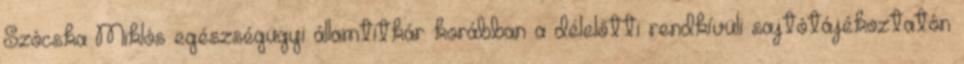
Szócska Miklós egészségügyi államtitkár korábban a délelőtti rendkívüli sajtótájékoztatón